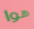
هوا